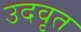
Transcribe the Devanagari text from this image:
उदवृत